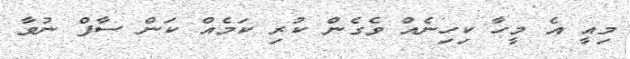
މިއީ އެ މީހާ ކިހިނެއް ވެގެން ކުރި ކަމެއް ކަން ސާފް ނުވާ